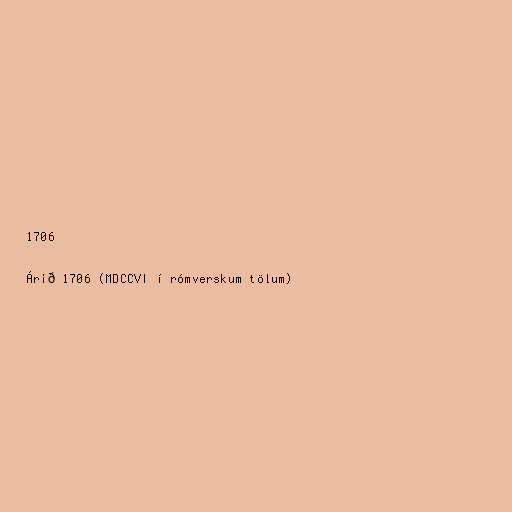
1706

Árið 1706 (MDCCVI í rómverskum tölum)